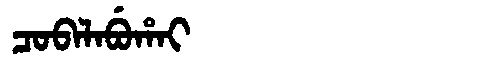
Manchu: ᠴᠣᠪᠠᠯᠠᠪᡠᡥᠠᡳ
Romanization: COBALABUHAI